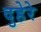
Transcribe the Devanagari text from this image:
दुहेरे